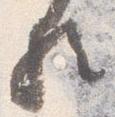
歟